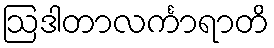
ဩဒါတာလင်္ကာရာတိ